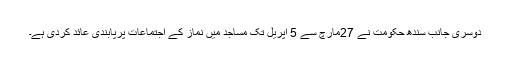
دوسری جانب سندھ حکومت نے 27مارچ سے 5 اپریل تک مساجد میں نماز کے اجتماعات پرپابندی عائد کردی ہے۔